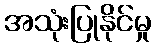
အသုံးပြုနိုင်မှု